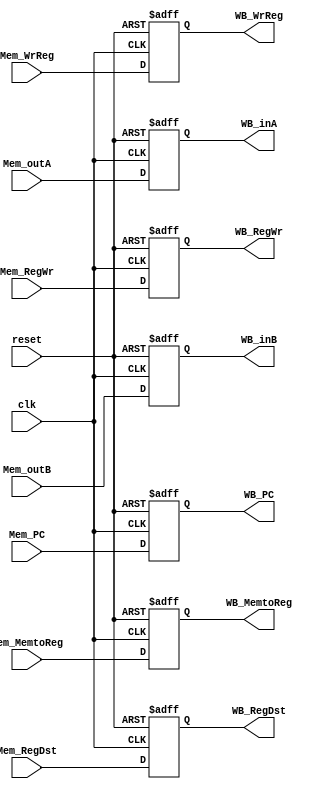
module MEMWB_reg(clk,reset,
                 Mem_outB,WB_inB,
                 Mem_outA,WB_inA,
                 Mem_RegDst,WB_RegDst,
                 Mem_RegWr,WB_RegWr,
                 Mem_WrReg,WB_WrReg,
                 Mem_MemtoReg,WB_MemtoReg,
                 Mem_PC,WB_PC);
input clk,reset,Mem_RegWr;
input [31:0]Mem_outB,Mem_outA;
input [30:0]Mem_PC;
input [1:0]Mem_MemtoReg,Mem_RegDst;
input [4:0]Mem_WrReg;
output reg[1:0]WB_MemtoReg,WB_RegDst;
output reg[4:0]WB_WrReg;
output reg[31:0]WB_inA,WB_inB;
output reg [30:0]WB_PC;
output reg WB_RegWr;

always@(posedge clk or posedge reset) begin
    if(reset) begin
        WB_inA<=32'b0;
        WB_inB<=32'b0;
        WB_RegWr<=0;
        WB_RegDst<=0;
        WB_MemtoReg<=0;
        WB_WrReg<=0;
        WB_PC<=31'b0;
    end
    else begin
        WB_inA<=Mem_outA;
        WB_inB<=Mem_outB;
        WB_RegWr<=Mem_RegWr;
        WB_RegDst<=Mem_RegDst;
        WB_MemtoReg<=Mem_MemtoReg;
        WB_WrReg<=Mem_WrReg;
        WB_PC<=Mem_PC;
    end
end
endmodule